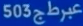
503 عبرط